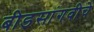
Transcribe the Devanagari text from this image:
बीडसांगवीचे